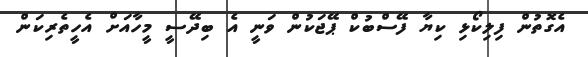
އެގޮތުން ފިލިކޯޅި ކިޔާ ފޭސްބުކް ޕޭޖަކުން ވަނީ އެ ބިދޭސީ މީހާއަށް އެހީތެރިކަން